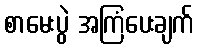
စာမေးပွဲ အကြံပေးချက်